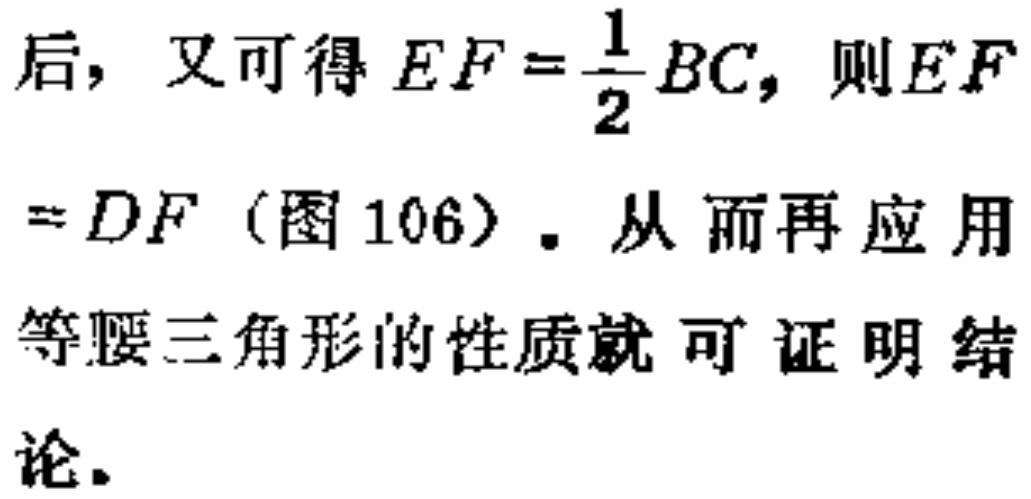
后，又可得 \(EF = \frac{1}{2}BC\)，则 \(EF\)

\(= DF\)（图 106）. 从而再应用

等腰三角形的性质就可证明结

论.